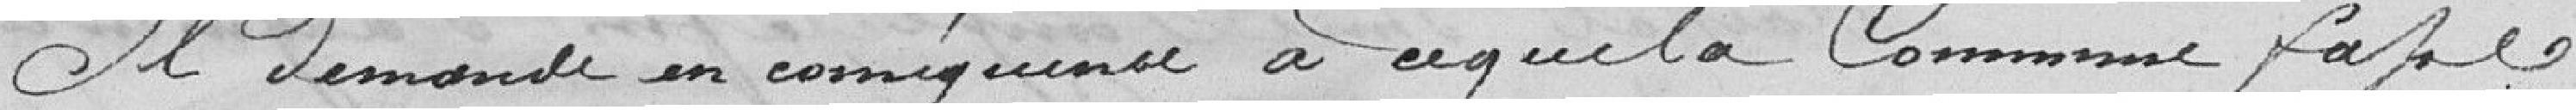
Il demande en conséquence à ce que la Commune fasse